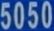
5050